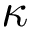
\kappa